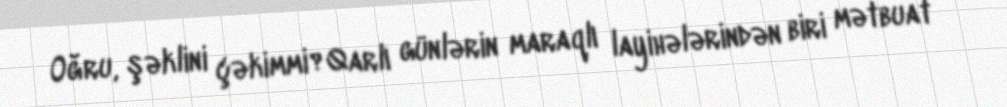
Oğru, şəklini çəkimmi?Qarlı günlərin maraqlı layihələrindən biri mətbuat